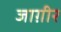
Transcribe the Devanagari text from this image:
जाग़ीर